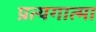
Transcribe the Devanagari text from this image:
प्रत्यगात्मा